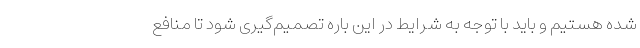
شده هستیم و باید با توجه به شرایط در این باره تصمیم‌گیری شود تا منافع